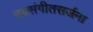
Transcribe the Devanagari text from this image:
नवसंगीतसर्जना